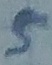
Text: 5